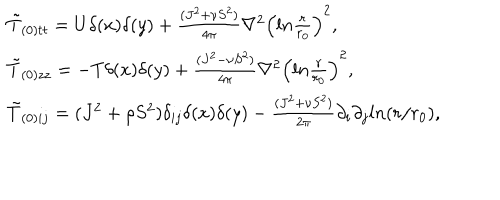
\begin{array} { l l } { { \tilde { T } _ { ( 0 ) t t } = U \delta ( x ) \delta ( y ) + \frac { ( J ^ { 2 } + \nu S ^ { 2 } ) } { 4 \pi } \nabla ^ { 2 } \left( l n \frac { r } { r _ { 0 } } \right) ^ { 2 } , } } \\ { { \tilde { T } _ { ( 0 ) z z } = - T \delta ( x ) \delta ( y ) + \frac { ( J ^ { 2 } - \nu S ^ { 2 } ) } { 4 \pi } \nabla ^ { 2 } \left( l n \frac { r } { r _ { 0 } } \right) ^ { 2 } , } } \\ { { \tilde { T } _ { ( 0 ) i j } = ( J ^ { 2 } + \rho S ^ { 2 } ) \delta _ { i j } \delta ( x ) \delta ( y ) - \frac { ( J ^ { 2 } + \nu S ^ { 2 } ) } { 2 \pi } \partial _ { i } \partial _ { j } l n ( r / r _ { 0 } ) , } } \\ \end{array}